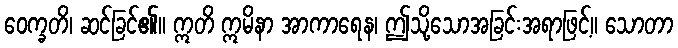
ဝေက္ခတိ၊ ဆင်ခြင်၏။ ဣတိ ဣမိနာ အာကာရေန၊ ဤသို့သောအခြင်းအရာဖြင့်။ သောတာ